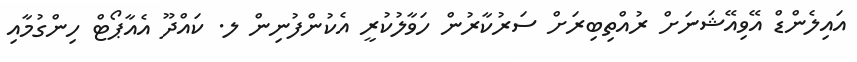
އައިލެންޑް އޭވިއޭޝަނަށް ރުއްތިބިރަށް ސަރުކާރުން ހަވާލުކުރީ އެކުންފުނިން ލ. ކައްދޫ އެއާޕޯޓް ހިންގުމާއި